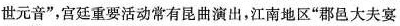
世元音”，宫廷重要活动常有昆曲演出，江南地区”郡邑大夫宴